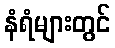
နံရံများတွင်